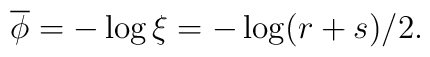
\overline{\phi}=-\log \xi = - \log (r+s)/2  .